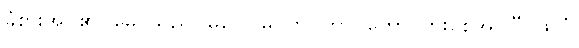
ခံစားအပ်၏။ မေ၊ သည်။ မဂ္ဂေါ၊ မဂ်ကို။ ဘာဝိတော၊ ပွားစေအပ်ပြီ။ ဖလံ၊